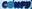
CONFY